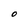
Character: O